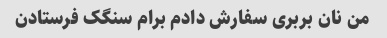
من نان بربرى سفارش دادم برام سنگک فرستادن